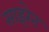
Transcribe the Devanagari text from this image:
साइरेन